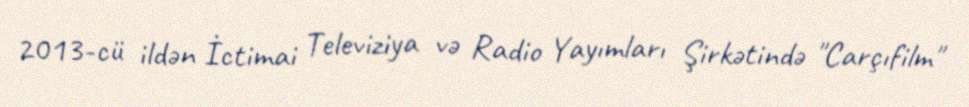
2013-cü ildən İctimai Televiziya və Radio Yayımları Şirkətində "Carçıfilm"